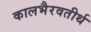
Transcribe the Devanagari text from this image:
कालभैरवतीर्थ